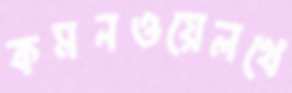
কমনওয়েলথে